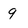
Character: 9